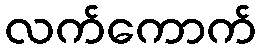
လက်ကောက်